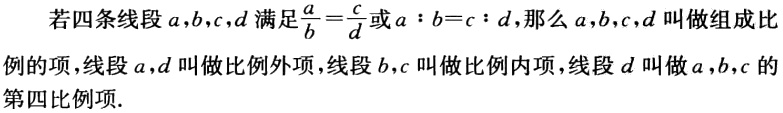
若四条线段\(a,b,c,d\)满足\(\frac{a}{b}=\frac{c}{d}\)或\(a:b = c:d\)，那么\(a,b,c,d\)叫做组成比例的项，线段\(a,d\)叫做比例外项，线段\(b,c\)叫做比例内项，线段\(d\)叫做\(a,b,c\)的第四比例项.